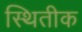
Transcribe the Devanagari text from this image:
स्थितीक